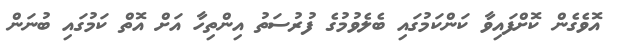
އޮވެގެން ކޮށްފައިވާ ކަންކަމުގައި ބެލެވުމުގެ ފުރުސަތު އިންތިހާ އަށް އޮތް ކަމުގައި ބުނަން